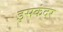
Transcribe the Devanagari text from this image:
इसकंदर